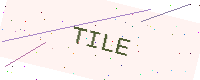
Text: TILE